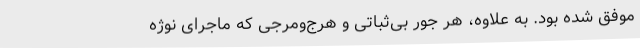
موفق شده بود. به علاوه، هر جور بی‌ثباتی و هرج‌ومرجی که ماجرای نوژه